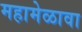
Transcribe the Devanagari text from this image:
महामेळावा